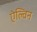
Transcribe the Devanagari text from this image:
ऐल्विन